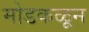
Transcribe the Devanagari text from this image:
मोडकळून